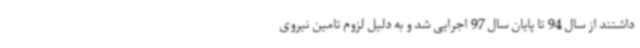
داشتند از سال 94 تا پایان سال 97 اجرایی شد و به دلیل لزوم تامین نیروی